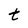
Character: t